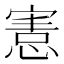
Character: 𢞩